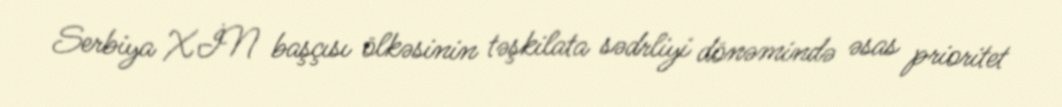
Serbiya XİN başçısı ölkəsinin təşkilata sədrliyi dönəmində əsas prioritet